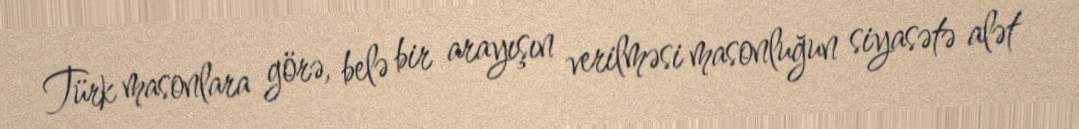
Türk masonlara görə, belə bir arayışın verilməsi masonluğun siyasətə alət